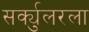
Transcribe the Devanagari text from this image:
सर्क्युलरला